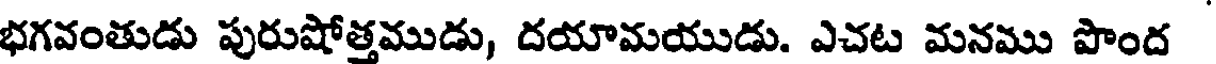
భగవంతుడు పురుషోత్తముడు, దయామయుడు. ఎచట మనము పొంద